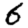
Digit: 6